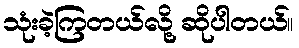
သုံးခဲ့ကြတယ်လို့ ဆိုပါတယ်။